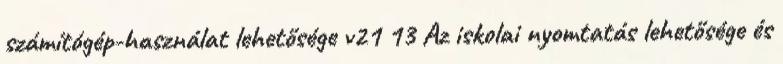
számítógép-használat lehetősége v21 13 Az iskolai nyomtatás lehetősége és